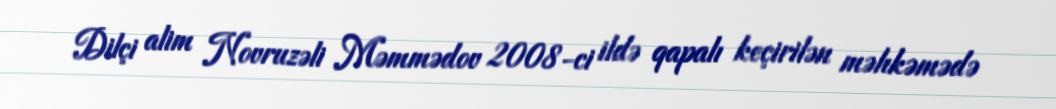
Dilçi alim Novruzəli Məmmədov 2008-ci ildə qapalı keçirilən məhkəmədə